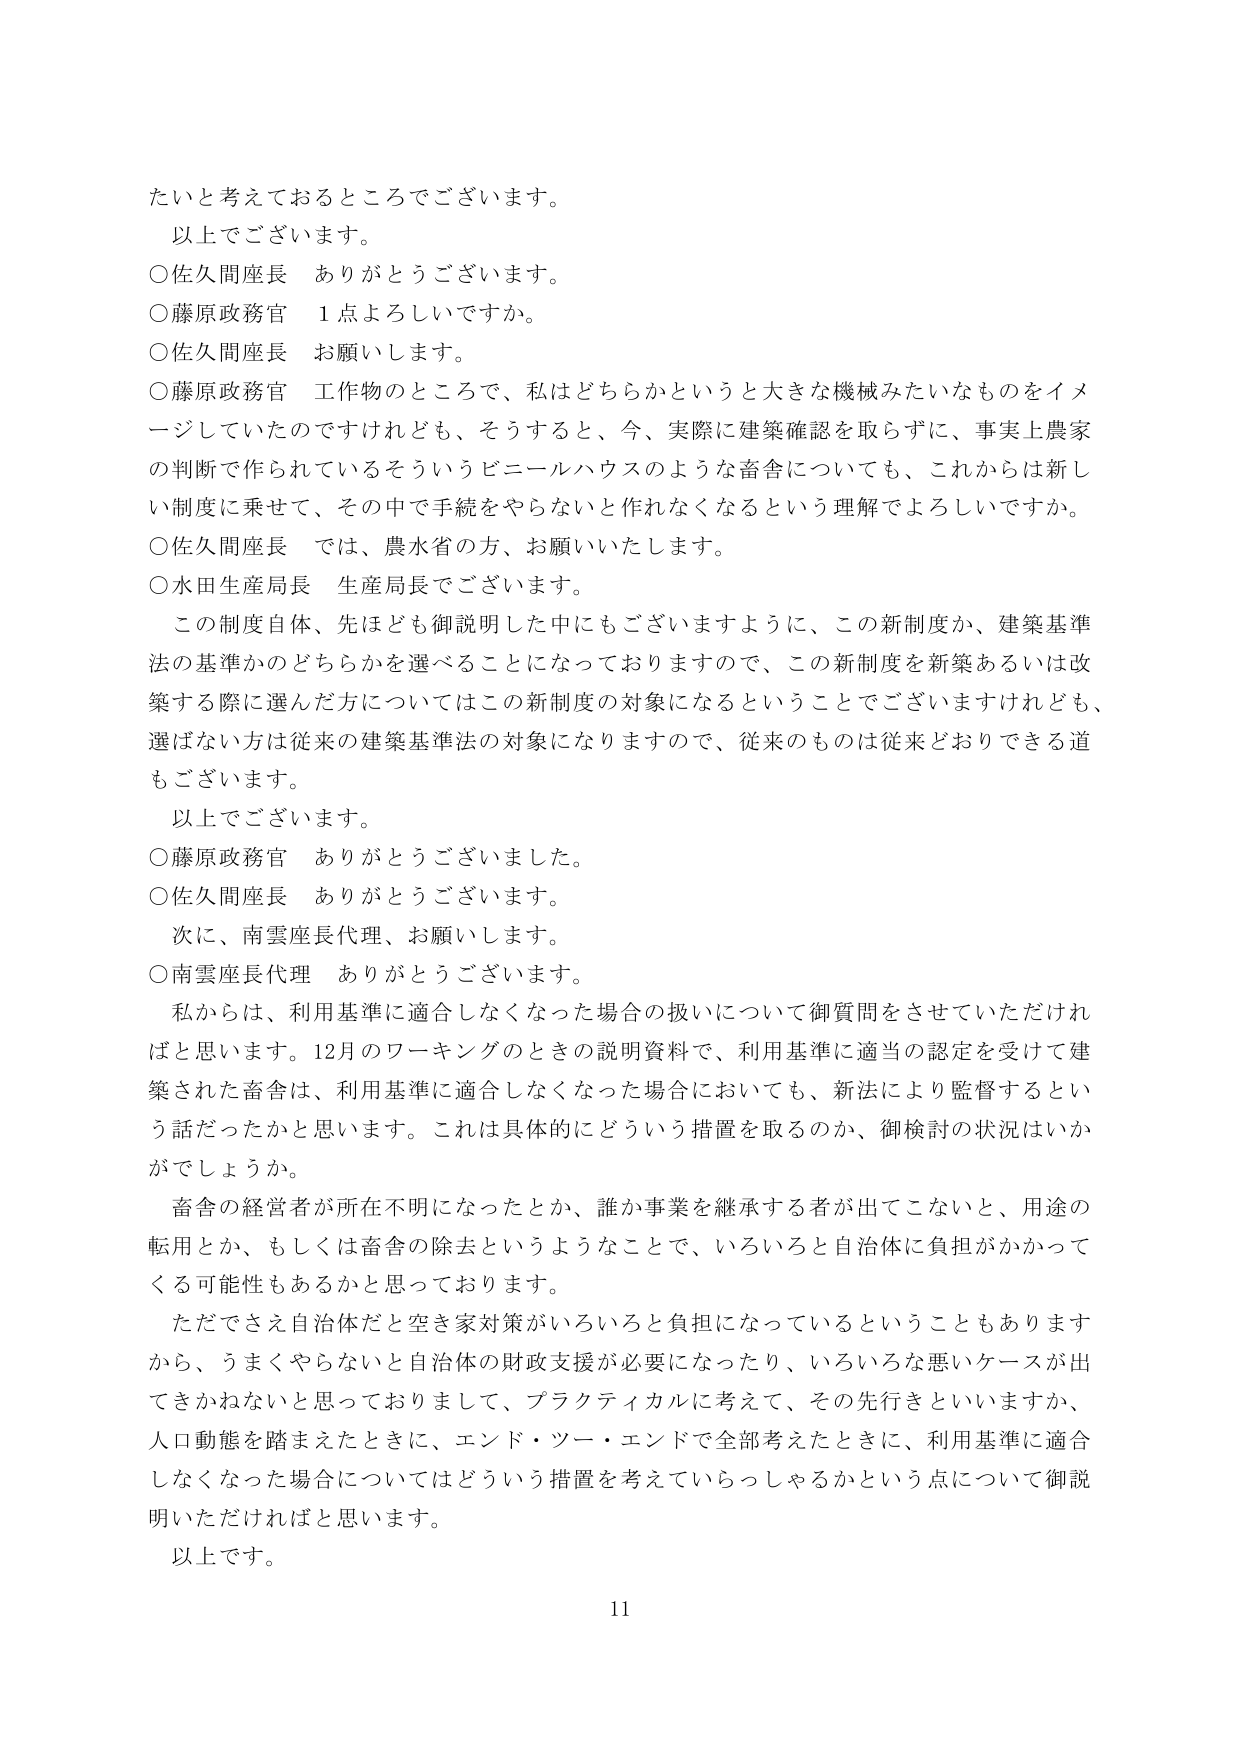
たいと考えておるところでございます。
以上でございます。
○佐久間座長　ありがとうございます。
○藤原政務官　1点よろしいですか。
○佐久間座長　お願いします。
○藤原政務官　工作物のところで、私はどちらかというと大きな機械みたいなものをイメージしていたのですけれども、そうすると、今、実際に建築確認を取らずに、事実上農家の判断で作られているそういうビニールハウスのような畜舎についても、これからは新しい制度に乗せて、その中で手続をやらないと作れなくなるという理解でよろしいですか。
○佐久間座長　では、農水省の方、お願いいたします。
○水田生産局長　生産局長でございます。
この制度自体、先ほども御説明した中にもございますように、この新制度か、建築基準法の基準かのどちらかを選べることになっておりますので、この新制度を新築あるいは改築する際に選んだ方についてはこの新制度の対象になるということでございますけれども、選ばない方は従来の建築基準法の対象になりますので、従来のものは従来どおりできる道もございます。
以上でございます。
○藤原政務官　ありがとうございました。
○佐久間座長　ありがとうございます。
次に、南雲座長代理、お願いします。
○南雲座長代理　ありがとうございます。
私からは、利用基準に適合しなくなった場合の扱いについて御質問をさせていただければと思います。12月のワーキングのときの説明資料で、利用基準に適当の認定を受けて建築された畜舎は、利用基準に適合しなくなった場合においても、新法により監督するという話だったかと思います。これは具体的にどういう措置を取るのか、御検討の状況はいかがでしょうか。
畜舎の経営者が所在不明になったとか、誰か事業を継承する者が出てこないと、用途の転用とか、もしくは畜舎の除去というようなことで、いろいろと自治体に負担がかかってくる可能性もあるかと思っております。
ただでさえ自治体だと空き家対策がいろいろと負担になっているということもありますから、うまくやらないと自治体の財政支援が必要になったり、いろいろな悪いケースが出てきかねないと思っておりまして、プラクティカルに考えて、その先行きといいますか、人口動態を踏まえたときに、エンド・ツー・エンドで全部考えたときに、利用基準に適合しなくなった場合についてはどういう措置を考えていらっしゃるかという点について御説明いただければと思います。
以上です。
11